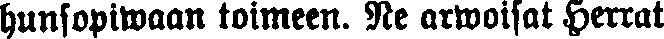
hunsopiwaan toimeen. Ne arwoisat Herrat